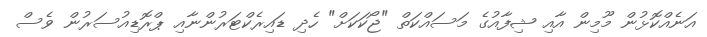
އަނެއްކޮޅުން މޫމިން އާއި ޝިފާއުގެ މަސައްކަތް "ޖޯކަކަށް" ހެދި ޑައިރެކްޓަރުންނާއި ޕްރޮޑިއުސަރުން ވެސް